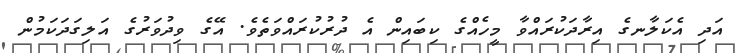
އަދި އެކަލާނގެ އިރާދަކުރައްވާ މީހެއްގެ ކިބައިން އެ ދުރުކުރައްވަތެވެ. އޭގެ ވިދުވަރުގެ އަލިގަދަކަމުން